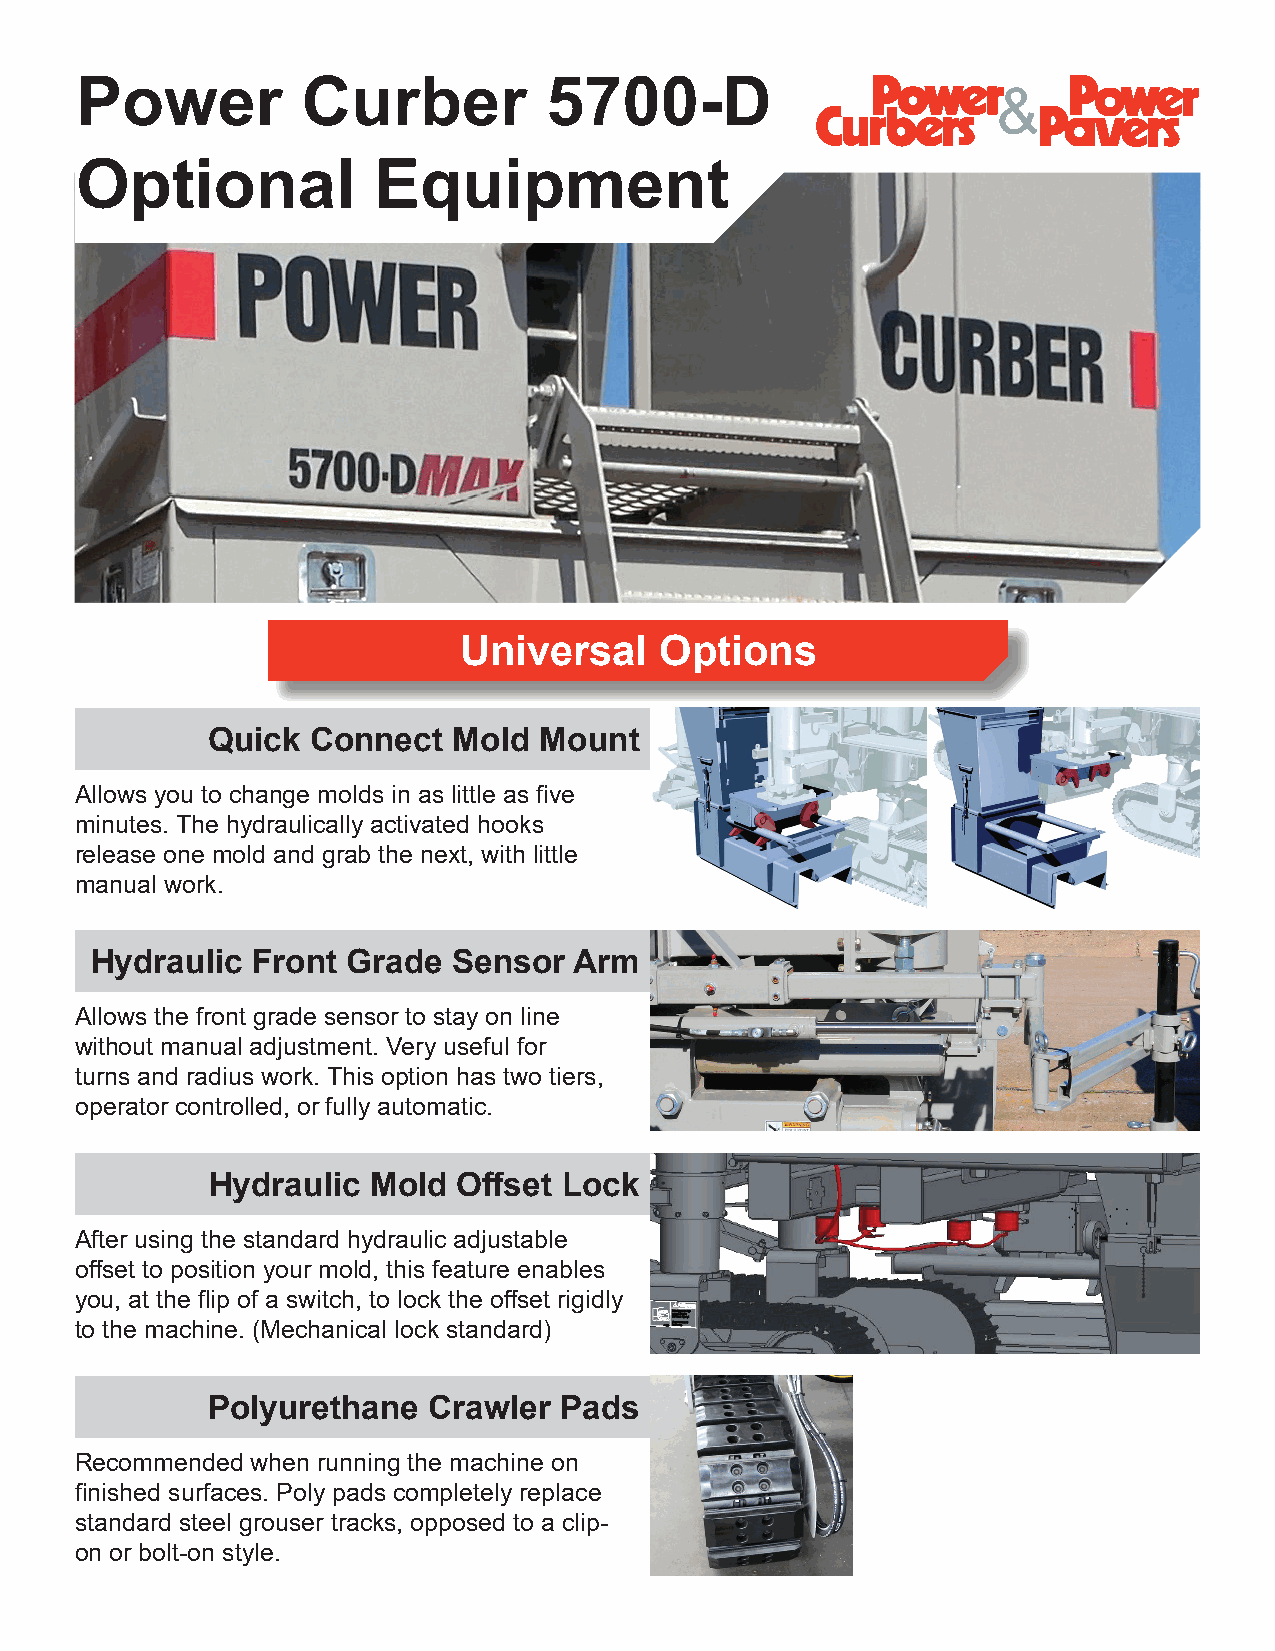
Power          Curber          5700-D
 Optional            Equipment
 Universal     Options
 Quick  Connect  Mold  Mount
 Allows you to change molds in as little as five
 minutes. The hydraulically activated hooks
 release one mold and grab the next, with little
 manual work.
 Hydraulic  Front Grade  Sensor  Arm
 Allows the front grade sensor to stay on line
 without manual adjustment. Very useful for
 turns and radius work. This option has two tiers,
 operator controlled, or fully automatic.
 Hydraulic Mold  Offset Lock
 After using the standard hydraulic adjustable
 offset to position your mold, this feature enables
 you, at the flip of a switch, to lock the offset rigidly
 to the machine. (Mechanical lock standard)
 Polyurethane  Crawler  Pads
 Recommended when running the machine on
 finished surfaces. Poly pads completely replace
 standard steel grouser tracks, opposed to a clip-
 on or bolt-on style.